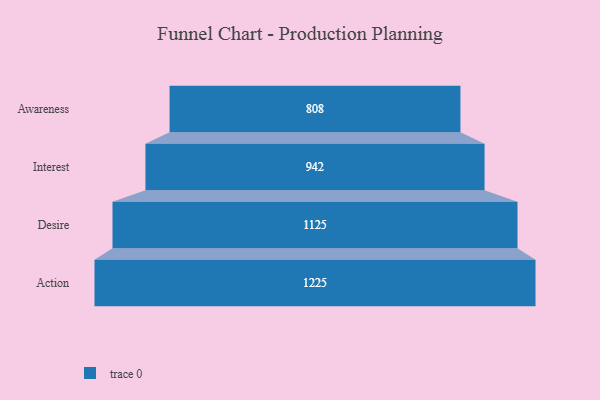
{"axis": {"x": "Stage", "y": "Value"}, "legend": [""], "data": [{"x": "Awareness", "y": 808.0, "type": ""}, {"x": "Interest", "y": 942.0, "type": ""}, {"x": "Desire", "y": 1125.0, "type": ""}, {"x": "Action", "y": 1225.0, "type": ""}]}